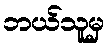
ဘယ်သူမှ